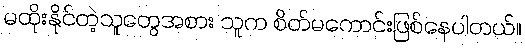
မထိုးနိုင်တဲ့သူတွေအစား သူက စိတ်မကောင်းဖြစ်နေပါတယ်။